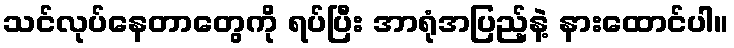
သင်လုပ်နေတာတွေကို ရပ်ပြီး အာရုံအပြည့်နဲ့ နားထောင်ပါ။